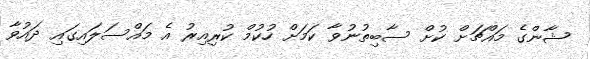
ޝާންގެ މައްޗަށް ކުށް ސާބިތުނުވާ ކަމަށް ހުކުމް ކުރިއިރު އެ މައްސަލައިގައި ދައުވާ